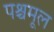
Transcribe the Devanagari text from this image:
पश्चमूल